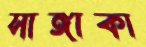
সাঙ্গাকা